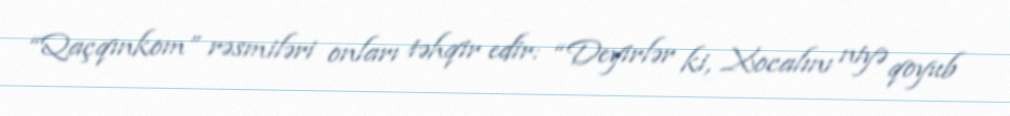
“Qaçqınkom” rəsmiləri onları təhqir edir: “Deyirlər ki, Xocalını niyə qoyub